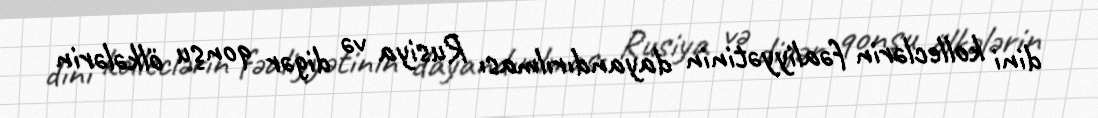
dini kolleclərin fəaliyyətinin dayandırılması Rusiya və digər qonşu ölkələrin